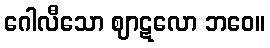
ဂေါလီသော ဈာဋလော ဘဝေ။